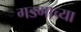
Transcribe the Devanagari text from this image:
गडगाच्या